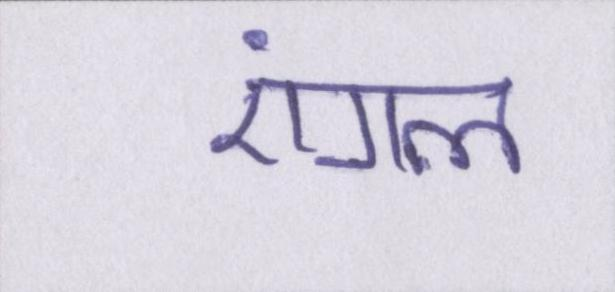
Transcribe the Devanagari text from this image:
एंगल